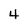
Character: 4